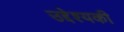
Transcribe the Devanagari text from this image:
उद्देश्यकी